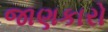
જાણકારો